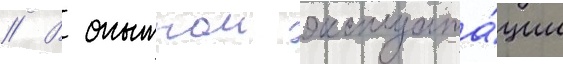
// В опытнои эксплуата́ции